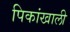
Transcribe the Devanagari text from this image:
पिकांखाली